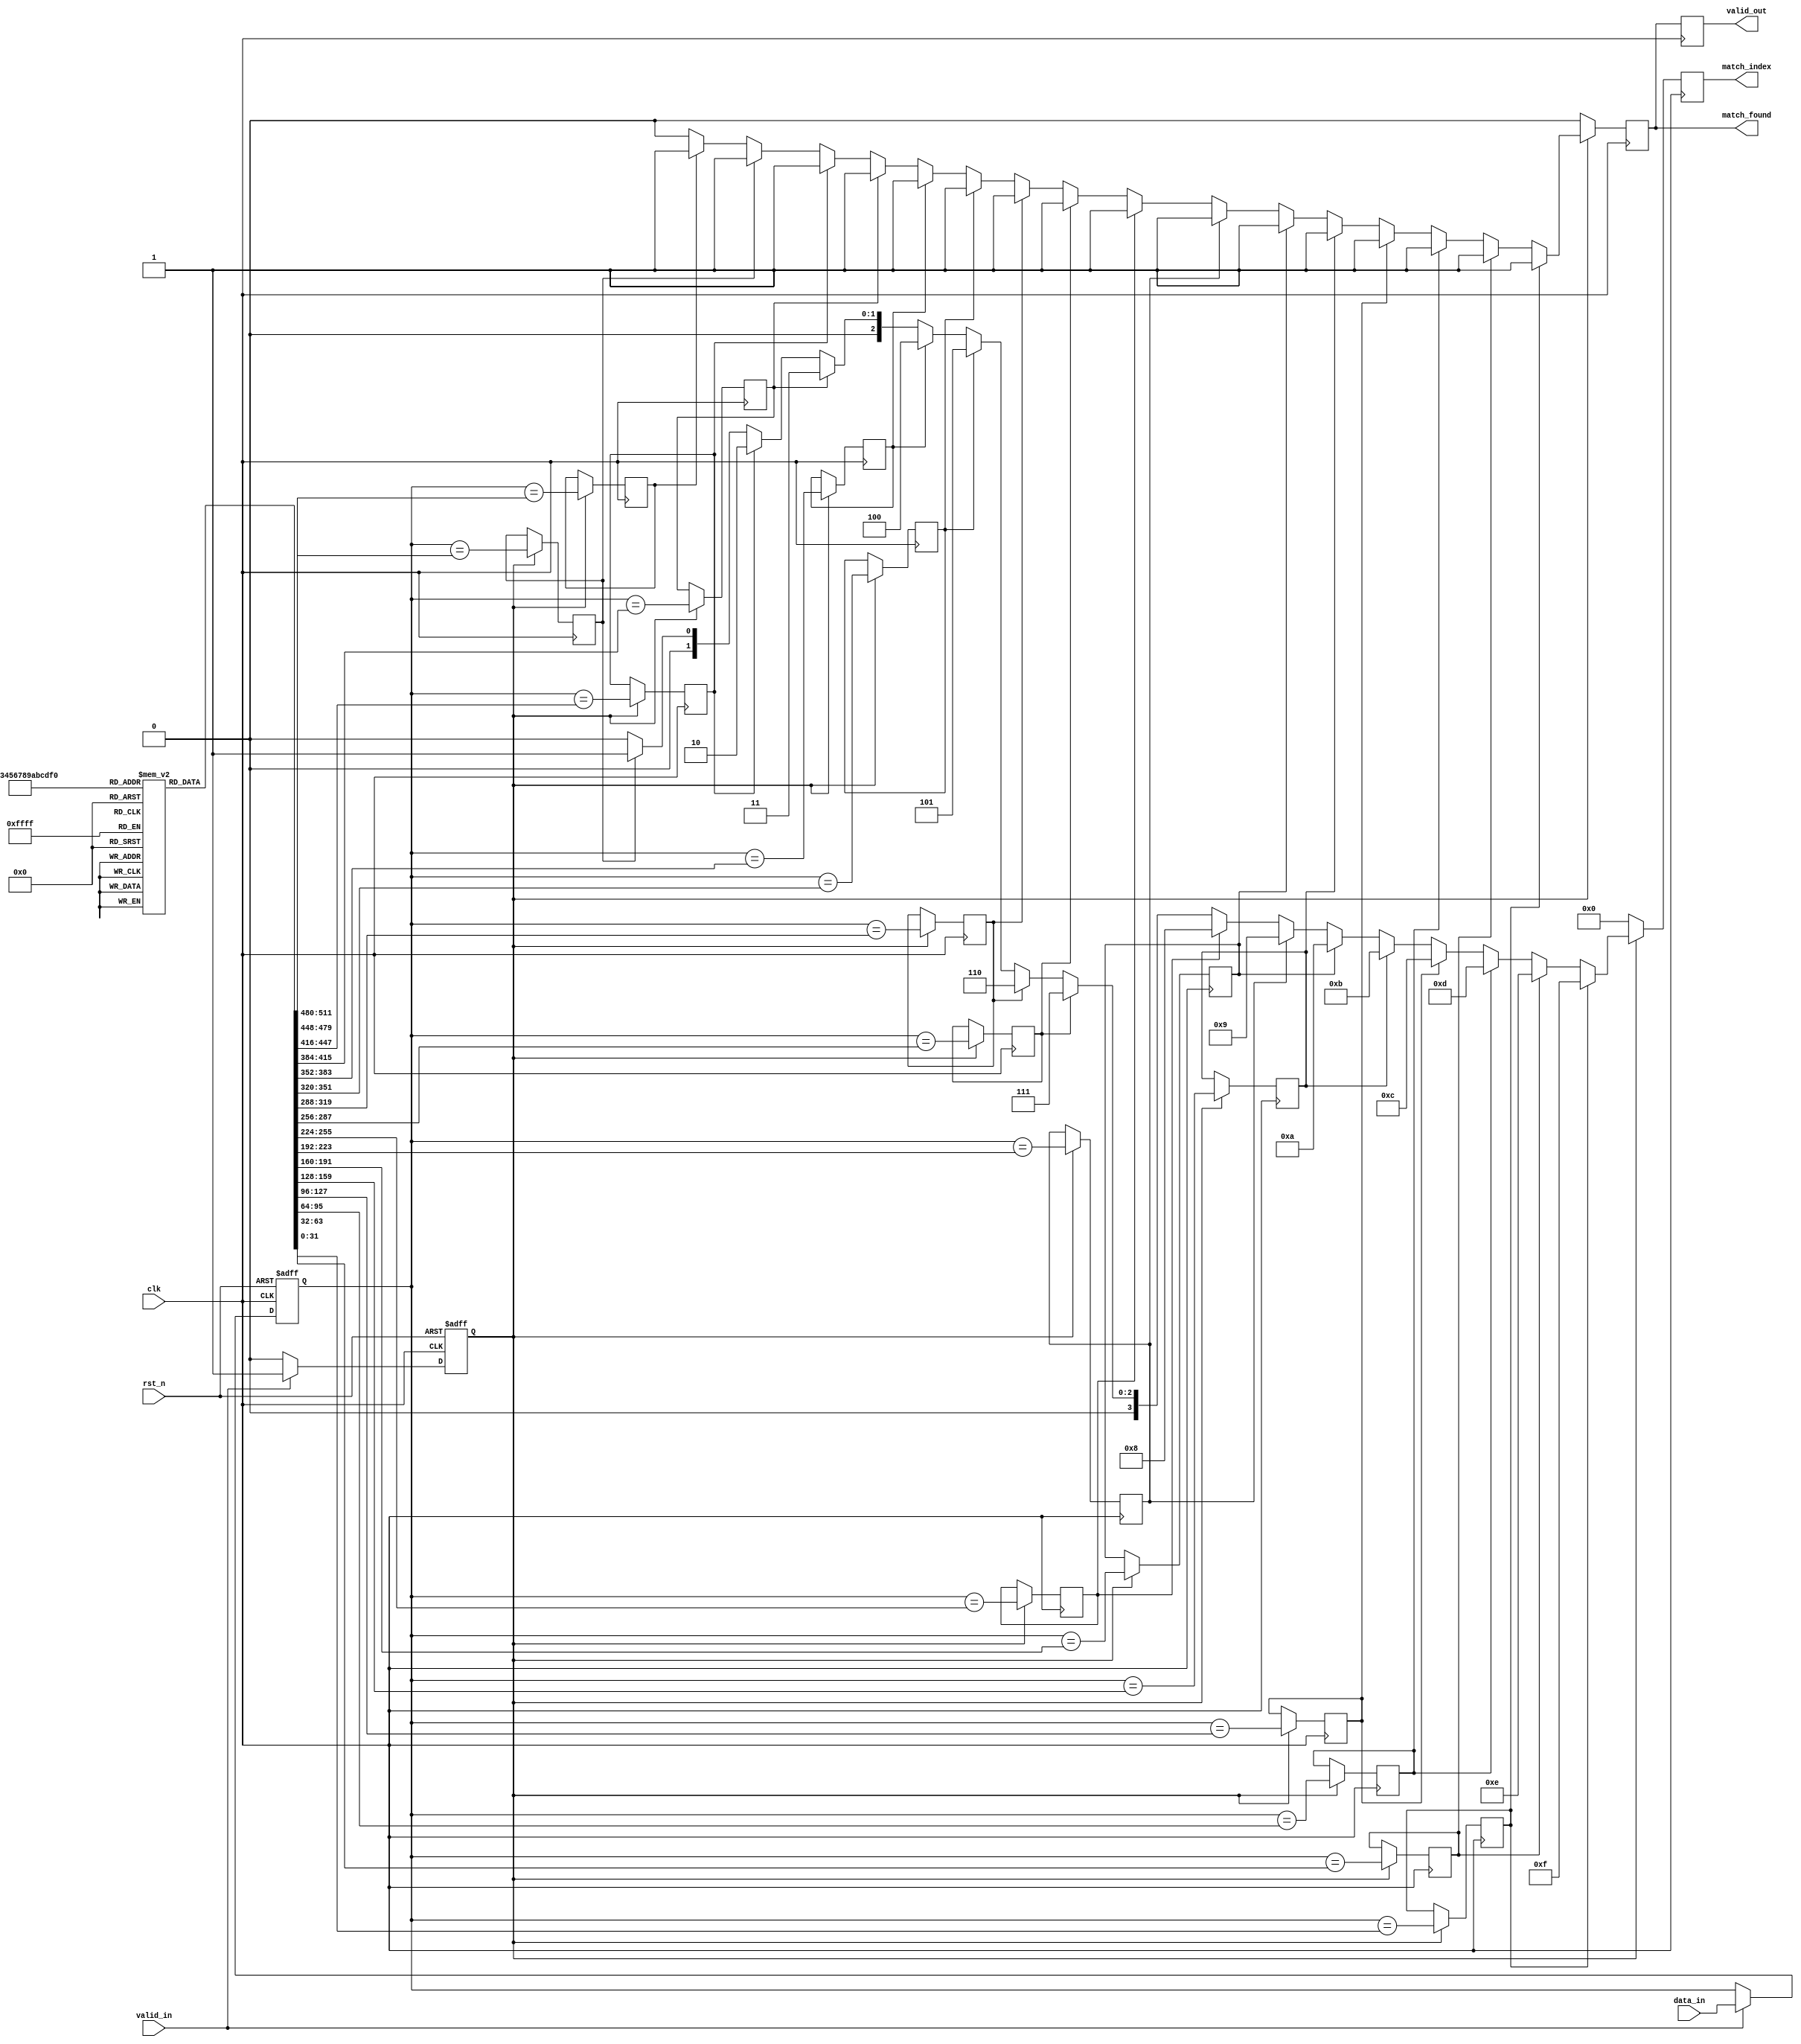
module pipelined_cam #(
    parameter DATA_WIDTH = 32,           // Width of the input data
    parameter TAG_WIDTH = 32,            // Width of the tag
    parameter NUM_ENTRIES = 16,          // Number of entries in the CAM
    parameter ADDR_WIDTH = $clog2(NUM_ENTRIES) // Address width
) (
    input wire clk,
    input wire rst_n,
    input wire [DATA_WIDTH-1:0] data_in, // Input data to search
    input wire valid_in,                  // Valid signal for input data
    output reg [ADDR_WIDTH-1:0] match_index, // Index of the matching entry
    output reg match_found,               // Match found signal
    output reg valid_out                  // Valid signal for output match
);

    // Tag memory array
    reg [TAG_WIDTH-1:0] tag_memory[0:NUM_ENTRIES-1];
    reg [ADDR_WIDTH-1:0] match_reg[0:NUM_ENTRIES-1]; // To hold match results
    reg match_temp[0:NUM_ENTRIES-1]; // Temporary match results for each entry

    // Pipeline registers
    reg [DATA_WIDTH-1:0] data_reg;
    reg valid_reg;
    reg [ADDR_WIDTH-1:0] match_out_reg;
    reg match_out_valid;

    // Initialize tag memory with some values (for simulation)
    initial begin
        // Load some sample tags (this should be configured as per the application)
        tag_memory[0] = 32'hA1B2C3D4;
        tag_memory[1] = 32'hA1B2C3D5;
        tag_memory[2] = 32'hA1B2C3D6;
        tag_memory[3] = 32'hA1B2C3D7;
        // Initialize remaining entries as needed
    end

    // Stage 1: Input data and tag comparison
    always @(posedge clk or negedge rst_n) begin
        if (!rst_n) begin
            data_reg <= 0;
            valid_reg <= 0;
        end else if (valid_in) begin
            data_reg <= data_in;
            valid_reg <= 1;
        end else begin
            valid_reg <= 0;
        end
    end

    // Stage 2: Match Logic
    integer i;
    always @(posedge clk) begin
        if (valid_reg) begin
            for (i = 0; i < NUM_ENTRIES; i = i + 1) begin
                match_temp[i] <= (data_reg == tag_memory[i]);
            end
        end
    end

    // Stage 3: Output stage
    always @(posedge clk) begin
        if (valid_reg) begin
            match_found <= 0;
            match_index <= 0;
            for (i = 0; i < NUM_ENTRIES; i = i + 1) begin
                if (match_temp[i]) begin
                    match_found <= 1;
                    match_index <= i; // Store the index of the first match
                end
            end
        end else begin
            match_found <= 0;
            match_index <= 0;
        end
        valid_out <= match_found; // Output valid signal
    end

endmodule